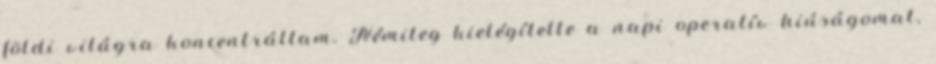
földi világra koncentráltam. Némileg kielégítette a napi operatív hiúságomat,